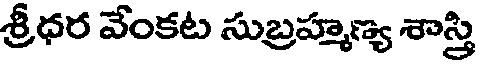
శ్రీధర వేంకట సుబ్రహ్మణ్య శాస్త్రి